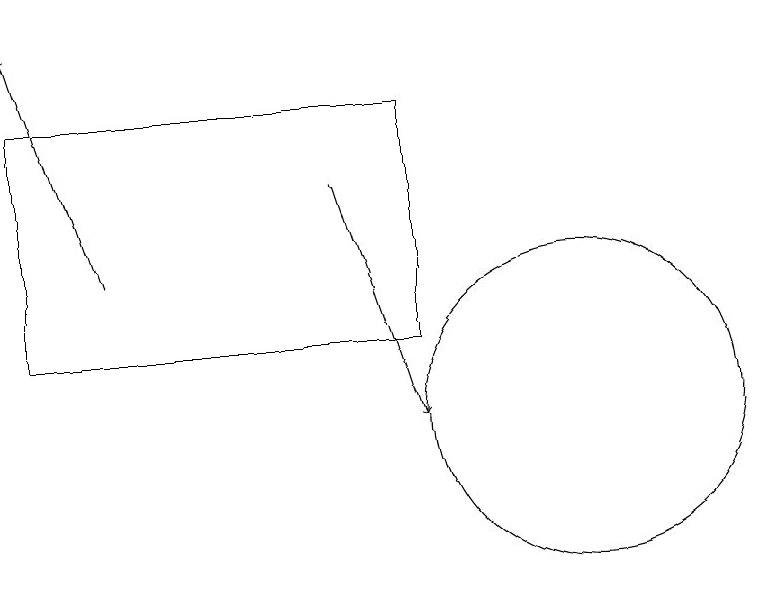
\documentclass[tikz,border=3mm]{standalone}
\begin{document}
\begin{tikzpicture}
\draw[->] (8,14) -- (9,11);
\draw (4,15) rectangle (9,12);
\draw (11,11) circle (2);
\draw[->] (5,13) -- (4,16);
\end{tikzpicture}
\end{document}